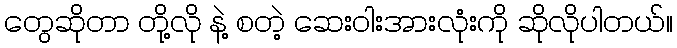
တွေဆိုတာ တို့လို နဲ့ စတဲ့ ဆေးဝါးအားလုံးကို ဆိုလိုပါတယ်။